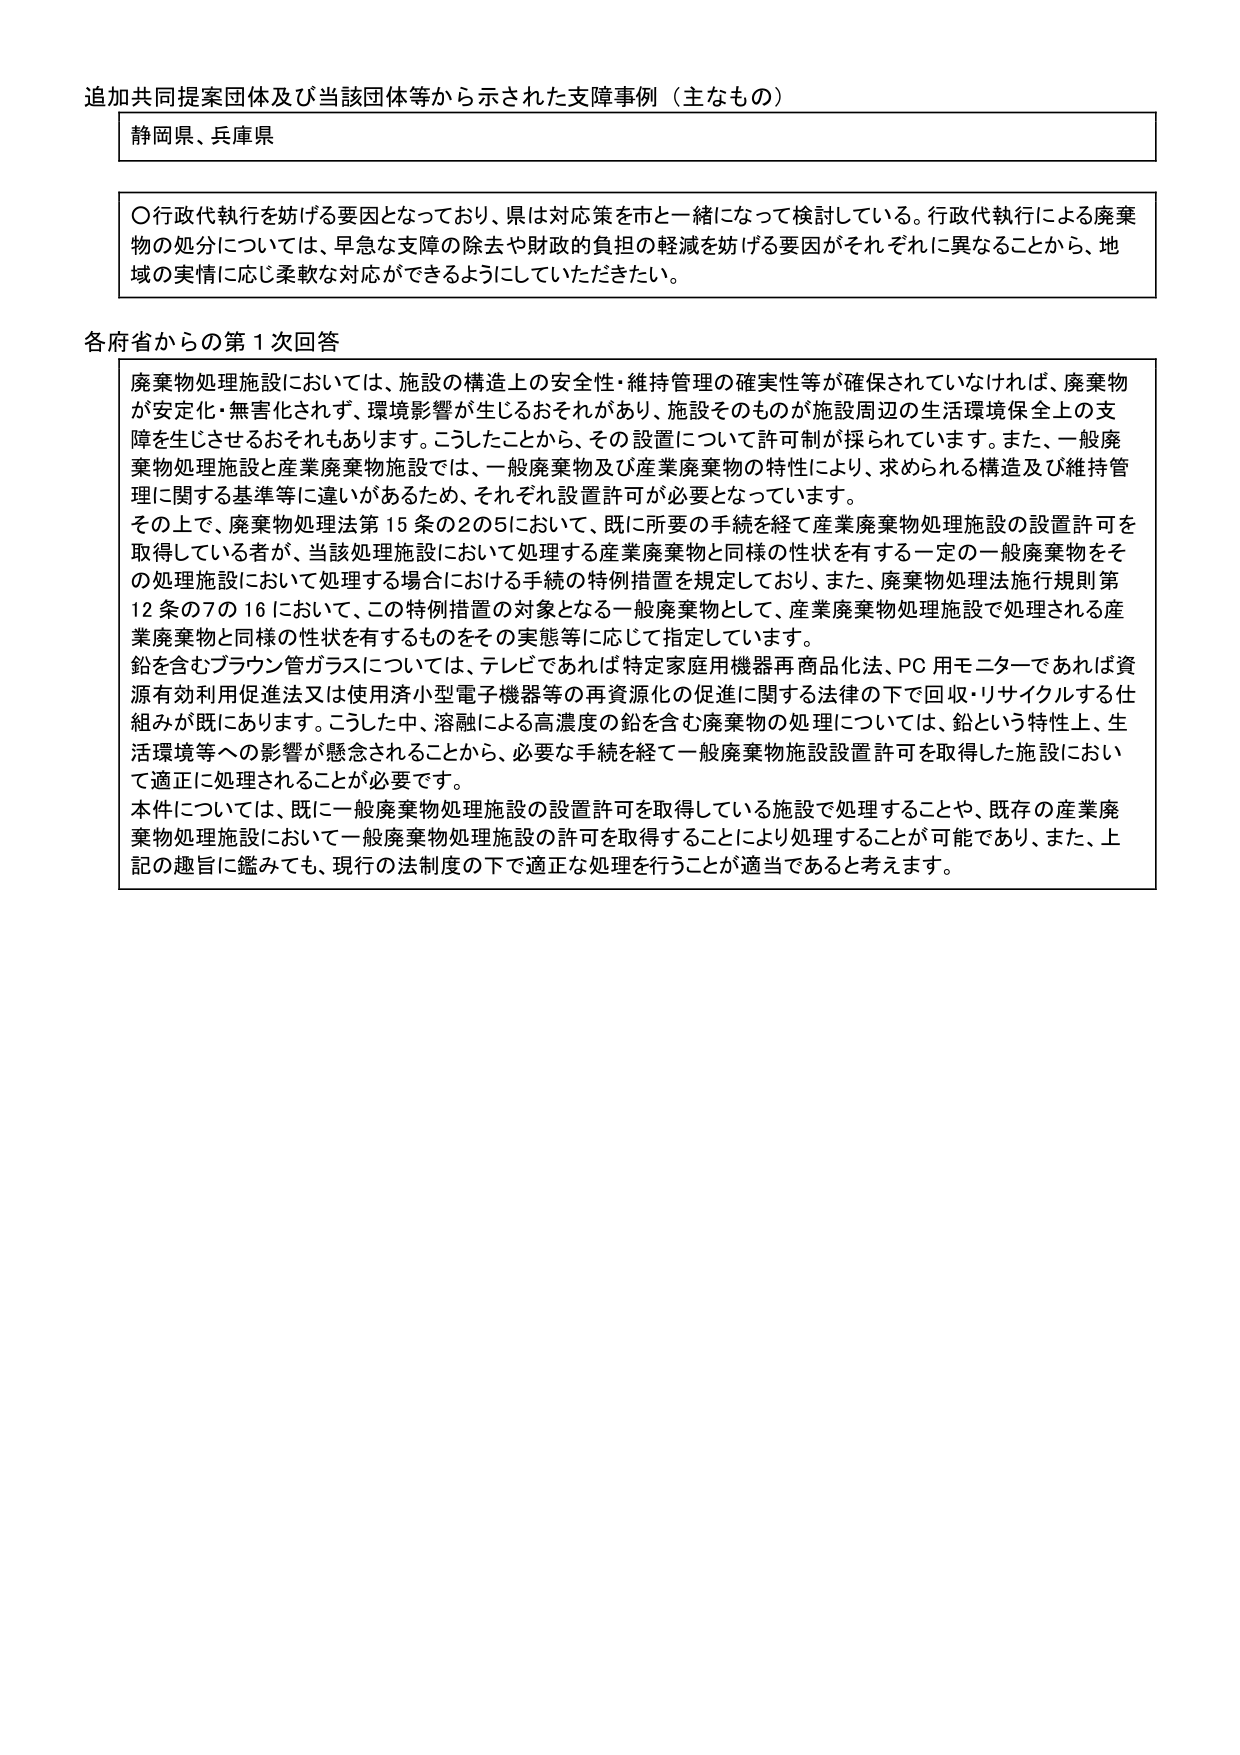
追加共同提案団体及び当該団体等から示された支障事例（主なもの）

静岡県、兵庫県

〇行政代執行を妨げる要因となっており、県は対応策を市と一緒に検討している。行政代執行による廃棄物の処分については、早急な支障の除去や財政の負担の軽減を妨げる要因がそれぞれに異なることから、地域の実情に応じ柔軟な対応ができるようにしていただきたい。

各府省からの第1回回答

廃棄物処理施設においては、施設の構造上の安全性・維持管理の確実性等が確保されていなければ、廃棄物が安定化・無害化されず、環境影響が生じるおそれがあり、施設そのものが施設周辺の生活環境保全上の支障を生じさせるおそれもあります。こうしたことから、その設置について許可制が採られています。また、一般廃棄物処理施設と産業廃棄物施設では、一般廃棄物及び産業廃棄物の特性により、求められる構造及び維持管理に関する基準等に違いがあるため、それぞれ設置許可が必要となっています。

その上で、廃棄物処理法第15条の2の5において、既に所要の手続を経て産業廃棄物処理施設の設置許可を取得している者が、当該処理施設において処理する産業廃棄物と同様の性状を有する一定の一般廃棄物をその処理施設において処理する場合における手続の特例措置を規定しており、また、廃棄物処理法施行規則第12条の7の16において、この特例措置の対象となる一般廃棄物として、産業廃棄物処理施設で処理される産業廃棄物と同様の性状を有するものをその実態等に応じて指定しています。

鉛を含むブラウン管ガラスについては、テレビであれば特定家庭用機器再商品化法、PC用モニターであれば資源有効利用促進法又は使用済小型電子機器等の再資源化の促進に関する法律の下で回収・リサイクルする仕組みが既にあります。こうした中、溶融による高濃度の鉛を含む廃棄物の処理については、鉛という特性上、生活環境等への影響が懸念されることから、必要な手続を経て一般廃棄物施設設置許可を取得した施設において適正に処理されることが必要です。

本件については、既に一般廃棄物処理施設の設置許可を取得している施設で処理することや、既存の産業廃棄物処理施設において一般廃棄物処理施設の許可を取得することにより処理することが可能であり、また、上記の趣旨に鑑みても、現行の法制度の下で適正な処理を行うことが適当であると考えます。